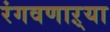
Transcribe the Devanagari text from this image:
रंगवणाऱ्या